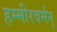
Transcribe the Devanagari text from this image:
हम्मीरवर्मन्